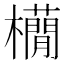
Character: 𣟫